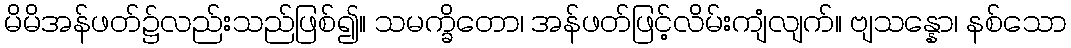
မိမိအန်ဖတ်၌လည်းသည်ဖြစ်၍။ သမက္ခိတော၊ အန်ဖတ်ဖြင့်လိမ်းကျံလျက်။ ဗျသန္နော၊ နစ်သော